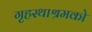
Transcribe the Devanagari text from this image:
गृहस्थाश्रमको